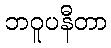
ဘဝူပနီတာ